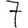
Digit: 7